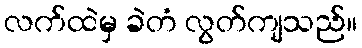
လက်ထဲမှ ခဲတံ လွတ်ကျသည်။